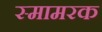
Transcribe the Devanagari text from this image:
स्मामरक